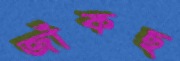
জাঁকছ